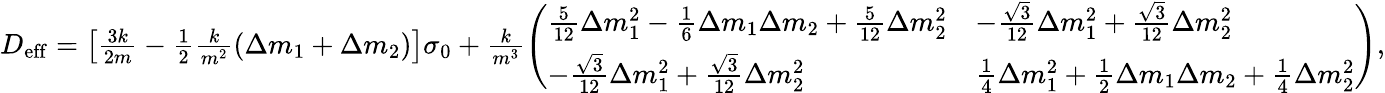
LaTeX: \begin{array}{r}{D_{\mathrm{eff}}=\left[\frac{3k}{2m}-\frac{1}{2}\frac{k}{m^{2}}\left(\Delta m_{1}+\Delta m_{2}\right)\right]\sigma_{0}+\frac{k}{m^{3}}\left(\begin{array}{ll}{\frac{5}{12}\Delta m_{1}^{2}-\frac{1}{6}\Delta m_{1}\Delta m_{2}+\frac{5}{12}\Delta m_{2}^{2}}&{-\frac{\sqrt{3}}{12}\Delta m_{1}^{2}+\frac{\sqrt{3}}{12}\Delta m_{2}^{2}}\\ {-\frac{\sqrt{3}}{12}\Delta m_{1}^{2}+\frac{\sqrt{3}}{12}\Delta m_{2}^{2}}&{\frac{1}{4}\Delta m_{1}^{2}+\frac{1}{2}\Delta m_{1}\Delta m_{2}+\frac{1}{4}\Delta m_{2}^{2}}\end{array}\right),}\end{array}